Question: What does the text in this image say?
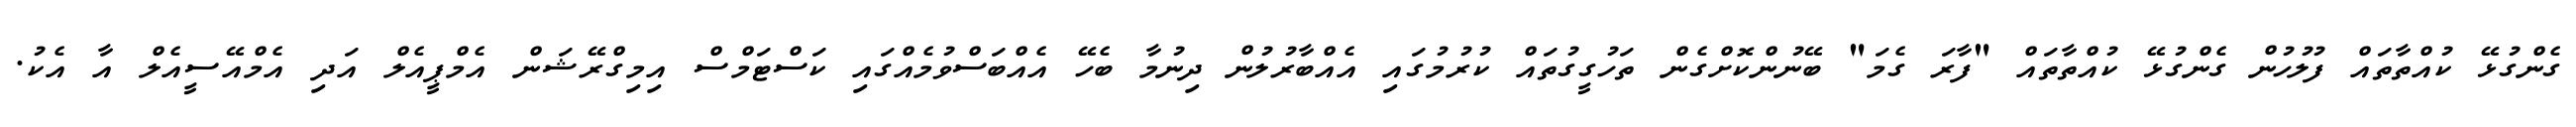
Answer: ގެންގުޅޭ ކުއްތާތައް ފުލުހުން ގެންގުޅޭ ކުއްތާތައް "ފާރަ ގެމަ" ބޭނުންކޮށްގެން ތަހުގީގުތައް ކުރުމުގައި އެއްބާރުލުން ދިނުމާ ބެހޭ އެއްބަސްވުމެއްގައި ކަސްޓަމްސް އިމިގްރޭޝަން އެމްޕީއެލް އަދި އެމްއޭސީއެލް އާ އެކު.